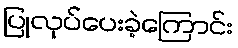
ပြုလုပ်ပေးခဲ့ကြောင်း